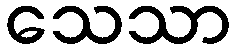
သေသာ